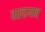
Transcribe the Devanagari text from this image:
वाल्डमन